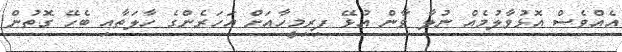
އެއްވެސް އޮޅުވާލުމެއް ނުލާ ވާން އުޅޭ ފިރިމީހާއަށް އަހަރެންގެ ހާލަތާއި ބެހޭ ގޮތުން